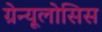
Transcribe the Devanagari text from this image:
ग्रेन्यूलोसिस